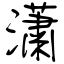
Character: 瀟